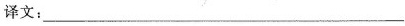
”译文:___